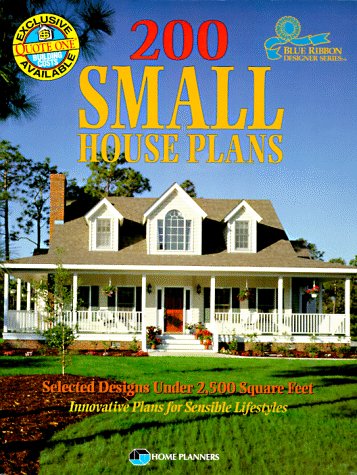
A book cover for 200 Small House Plans: Selected Designs Under 2,500 Square Feet (Blue Ribbon Designer Series); Home Planners Inc; Crafts, Hobbies & Home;